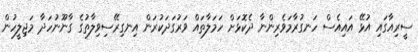
ސީރިއާގައި އުޅޭ އައިއެސް ހަނގުރާމަވެރިންނާ ދެކޮޅަށް ހަމަލާތައް ވަރުގަދަކުރަން އިނގިރޭސިވިލާތުގެ ގާނޫނުހަދާ މަޖިލީހުން